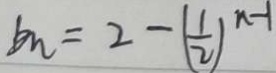
b _ { n } = 2 - ( \frac { 1 } { 2 } ) ^ { n - 1 }